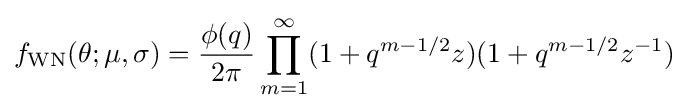
f_{\text{WN}}(\theta ;\mu ,\sigma )={\frac {\phi (q)}{2\pi }}\prod _{m=1}^{\infty }(1+q^{m-1/2}z)(1+q^{m-1/2}z^{-1})